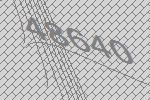
48640